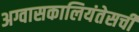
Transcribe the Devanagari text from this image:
अग्वासकालियंतेसची